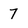
Character: 7